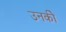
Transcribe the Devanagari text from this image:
उनकीे